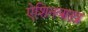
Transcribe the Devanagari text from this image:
ऐशिनबाख़